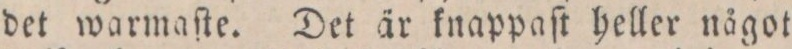
det warmaſte. Det är knappaſt heller något